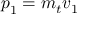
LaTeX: { \boldsymbol { p } } _ { \boldsymbol { 1 } } = m _ { t } { \boldsymbol { v } } _ { \boldsymbol { 1 } }